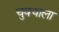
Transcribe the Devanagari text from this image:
चुक्याला